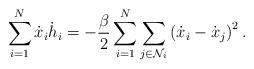
LaTeX: \begin{align*}\sum_{i=1}^{N}\dot{x}_{i}\dot{h}_{i} = -\frac{\beta}{2}\sum_{i=1}^{N}\sum_{j\in \mathcal{N}_{i}}\left(\dot{x}_{i}-\dot{x}_{j}\right)^{2}. \end{align*}